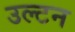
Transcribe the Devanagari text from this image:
उल्टन